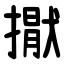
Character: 㩎